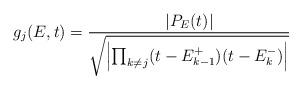
LaTeX: \begin{align*}g_j(E,t) = \frac{|P_E(t)|}{\sqrt{\left|\prod_{k \neq j} (t - E_{k-1}^+)(t-E_k^-) \right|}}\end{align*}